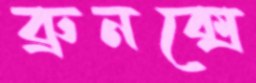
ব্রুনক্সে